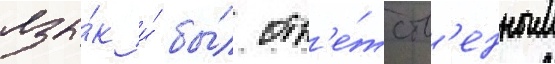
язы́к и́ бы́л отв'е́тств'енным